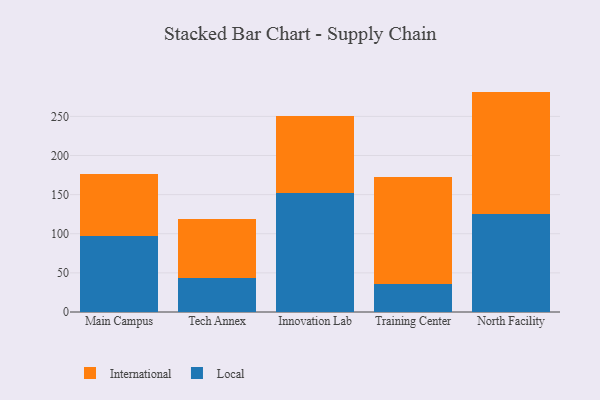
{"axis": {"x": "Campus", "y": "Budget (USD K)"}, "legend": ["International", "Local"], "data": [{"x": "Main Campus", "y": 96.8, "type": "Local"}, {"x": "Main Campus", "y": 79.9, "type": "International"}, {"x": "Tech Annex", "y": 44.1, "type": "Local"}, {"x": "Tech Annex", "y": 75.4, "type": "International"}, {"x": "Innovation Lab", "y": 151.8, "type": "Local"}, {"x": "Innovation Lab", "y": 98.1, "type": "International"}, {"x": "Training Center", "y": 36.0, "type": "Local"}, {"x": "Training Center", "y": 136.4, "type": "International"}, {"x": "North Facility", "y": 125.9, "type": "Local"}, {"x": "North Facility", "y": 155.8, "type": "International"}]}